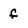
Character: f